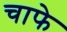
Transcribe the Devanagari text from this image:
चाफे